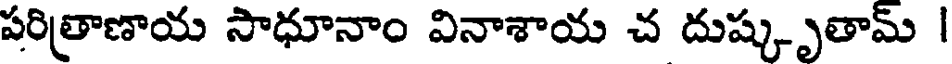
పరిత్రాణాయ సాధూనాం వినాశాయ చ దుష్కృతామ్ |